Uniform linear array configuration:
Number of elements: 24
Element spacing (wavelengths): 1
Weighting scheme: hann
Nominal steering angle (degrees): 0
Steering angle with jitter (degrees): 1.67
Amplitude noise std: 0.05
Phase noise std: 0.05

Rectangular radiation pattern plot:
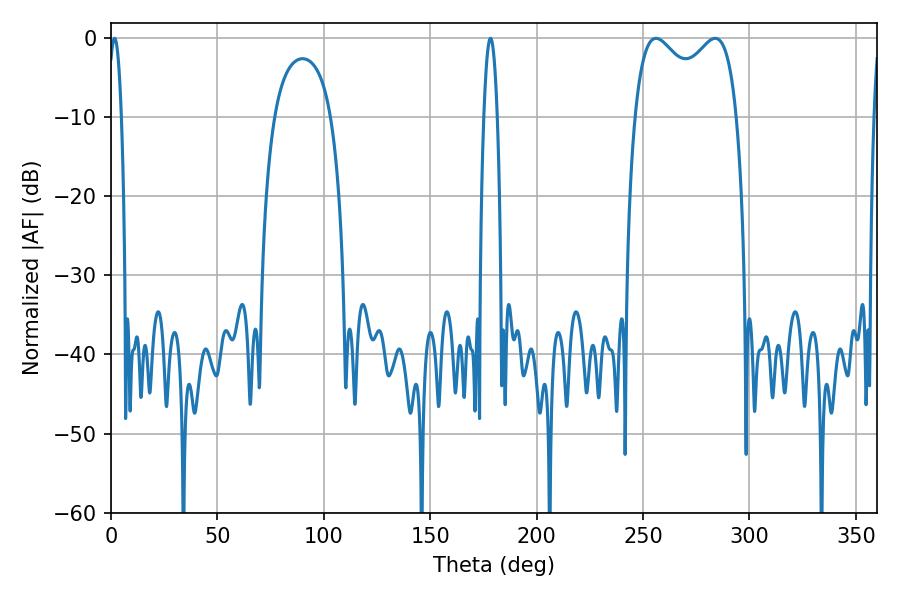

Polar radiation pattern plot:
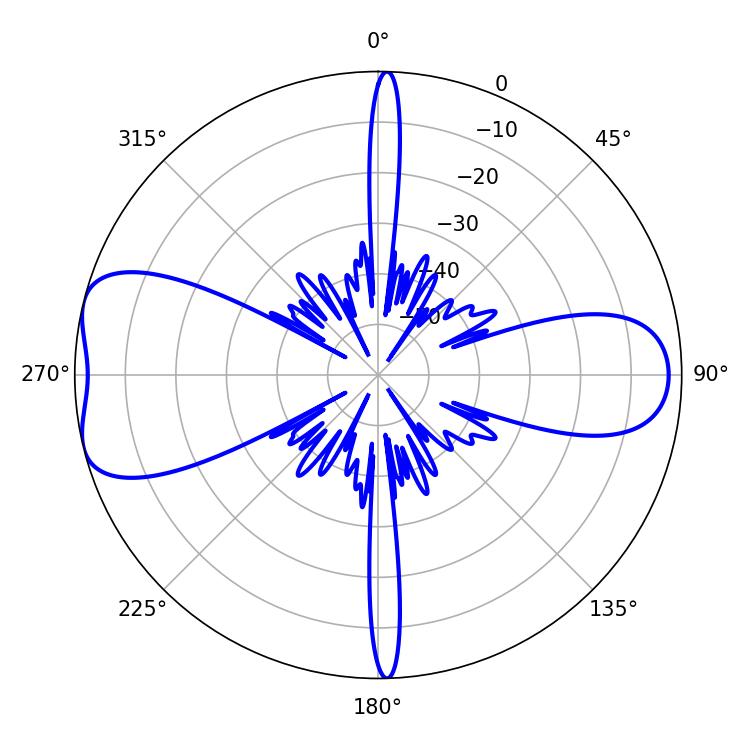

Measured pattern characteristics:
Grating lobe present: TRUE
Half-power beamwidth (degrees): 39.96
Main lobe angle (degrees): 256.14